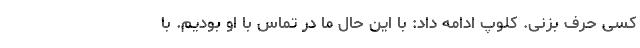
کسی حرف بزنی. کلوپ ادامه داد: با این حال ما در تماس با او بودیم. با